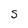
Character: S